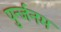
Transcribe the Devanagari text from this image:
पुर्न्जनम